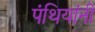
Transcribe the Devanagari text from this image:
पंथियांनी